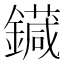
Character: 䥠